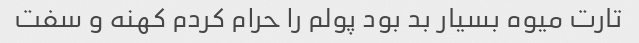
تارت میوه بسیار بد بود پولم را حرام کردم کهنه و سفت